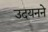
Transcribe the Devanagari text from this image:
उदयनने